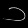
Digit: ၁